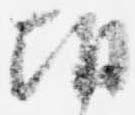
朝